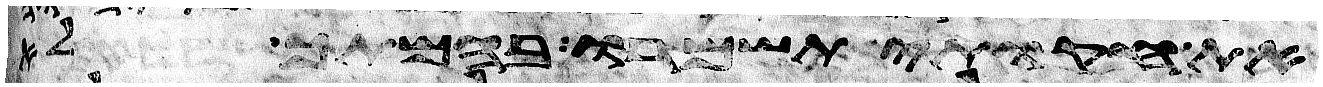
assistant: את חקותי תשמרו בהמתך לא